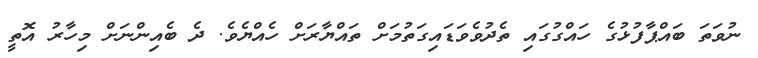
ނުވަތަ ބައްޕާފުޅުގެ ހައްގުގައި ތެދުވެވަޑައިގަތުމަށް ތައްޔާރަށް ހެއްޔެވެ. ދެ ބެއިންނަށް މިހާރު އޮތީ